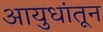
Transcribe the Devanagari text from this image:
आयुधांतून